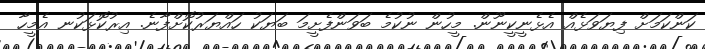
ކަންކަމަށް ފިޔަވަޅެއް އެޅެނީކީނޫން. މީހުން ނުކުމެ ބަވަންފެށީމަ ބަޔަކު ހައްޔަރުކޮށްފާނެ. އިރުކޮޅަކުނ އެމީހާ